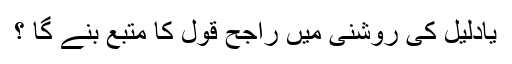
یادلیل کی روشنی میں راجح قول کا متبع بنے گا ؟